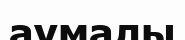
аумалы